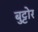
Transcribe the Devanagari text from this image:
बुट्टोर